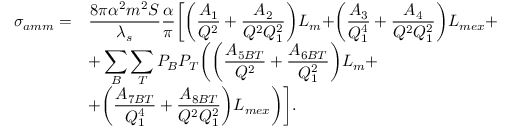
\begin{array} { l l } { { \displaystyle \sigma _ { a m m } = } } & { { \displaystyle \frac { 8 \pi \alpha ^ { 2 } m ^ { 2 } S } { \lambda _ { s } } \frac { \alpha } { \pi } \biggr [ \biggr ( \frac { A _ { 1 } } { Q ^ { 2 } } + \frac { A _ { 2 } } { Q ^ { 2 } Q _ { 1 } ^ { 2 } } \biggl ) L _ { m } + \biggr ( \frac { A _ { 3 } } { Q _ { 1 } ^ { 4 } } + \frac { A _ { 4 } } { Q ^ { 2 } Q _ { 1 } ^ { 2 } } \biggl ) L _ { m e x } + } } \\ { { } } & { { \displaystyle + \sum _ { B } \sum _ { T } P _ { B } P _ { T } \biggr ( \biggr ( \frac { A _ { 5 B T } } { Q ^ { 2 } } + \frac { A _ { 6 B T } } { Q _ { 1 } ^ { 2 } } \biggl ) L _ { m } + } } \\ { { } } & { { \displaystyle + \biggr ( \frac { A _ { 7 B T } } { Q _ { 1 } ^ { 4 } } + \frac { A _ { 8 B T } } { Q ^ { 2 } Q _ { 1 } ^ { 2 } } \biggl ) L _ { m e x } \biggl ) \biggl ] . } } \end{array}